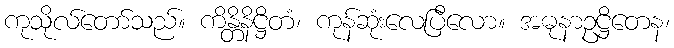
ကုသိုလ်တော်သည်။ ကိန္တိနိဋ္ဌိတံ၊ ကုန်ဆုံးလေပြီလော။ အဓုနာဥဋ္ဌိတေန၊